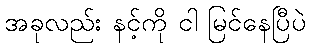
အခုလည်း နင့်ကို ငါ မြင်နေပြီပဲ